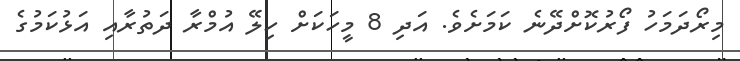
މިރޯދަމަހު ފޯރުކޮށްދޭނެ ކަމަށެވެ. އަދި 8 މީހަކަށް ހިލޭ އުމްރާ ދަތުރާއި އަޅުކަމުގެ